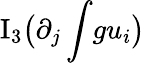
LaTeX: \mathrm{I}_{3}\big(\partial_{j}\int\! gu_{i}\big)